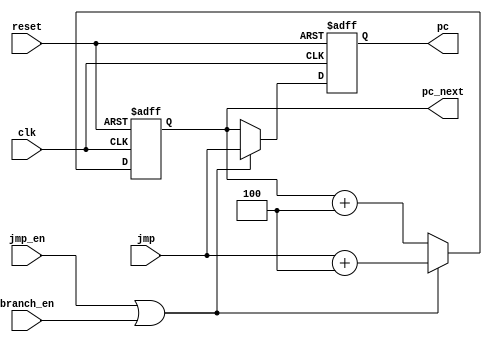
module pc(
    input clk,
    input reset,
    input [31:0] jmp,
    input jmp_en,
    input branch_en,
    output reg [31:0] pc_next,
    output reg [31:0] pc
);
    always @(posedge clk or negedge reset) begin
        if(!reset) begin
            pc      <= 0;
            pc_next <= 0;
        end
        else if (jmp_en | branch_en) begin
            pc      <= jmp;
            pc_next <= jmp + 3'h4;
        end
        else begin
            pc      <= pc_next;
            pc_next <= pc_next + 3'h4;
        end
    end

endmodule